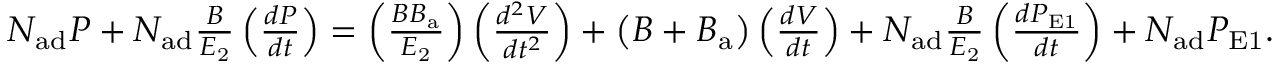
\begin{array} { r } { N _ { \mathrm { a d } } P + N _ { \mathrm { a d } } \frac { B } { E _ { \mathrm { 2 } } } \left( \frac { d P } { d t } \right) = \left( \frac { B B _ { \mathrm { a } } } { E _ { \mathrm { 2 } } } \right) \left( \frac { d ^ { 2 } V } { d t ^ { 2 } } \right) + \left( B + B _ { \mathrm { a } } \right) \left( \frac { d V } { d t } \right) + N _ { \mathrm { a d } } \frac { B } { E _ { \mathrm { 2 } } } \left( \frac { d P _ { \mathrm { E 1 } } } { d t } \right) + N _ { \mathrm { a d } } P _ { \mathrm { E 1 } } . } \end{array}